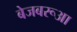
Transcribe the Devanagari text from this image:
बेजबरूआ